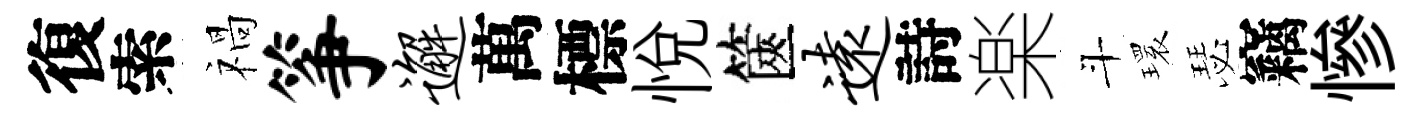
復索禍筝邂萬標悦篋远詩楽斗𤨔瑟竊慘